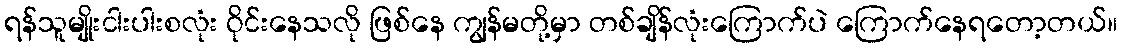
ရန်သူမျိုးငါးပါးစလုံး ဝိုင်းနေသလို ဖြစ်နေ ကျွန်မတို့မှာ တစ်ချိန်လုံးကြောက်ပဲ ကြောက်နေရတော့တယ်။